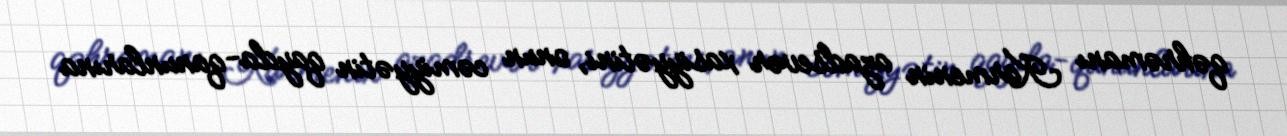
qəhrəmanı Karmenin azadsevər xasiyyətini, onun cəmiyyətin qayda-qanunlarına